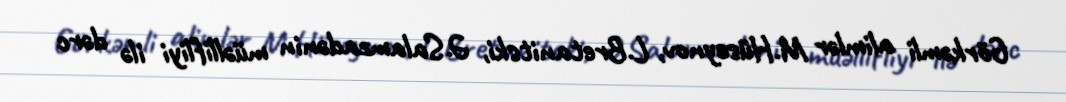
Görkəmli alimlər M.Hüseynov, L.Bretanitski, Ə.Salamzadənin müəllifliyi ilə dərc